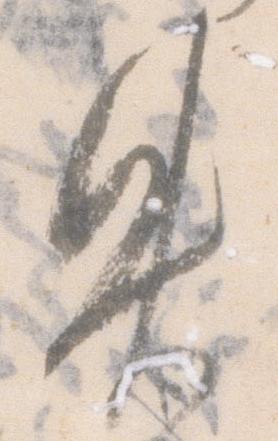
失